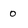
Character: 0